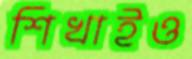
শিখাইও